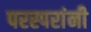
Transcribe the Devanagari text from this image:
परस्परांनी